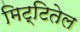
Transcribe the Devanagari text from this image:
मिट्टितेल